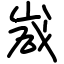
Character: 嵅